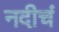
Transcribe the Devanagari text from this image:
नदीचं